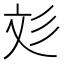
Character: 彣